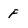
Character: F